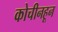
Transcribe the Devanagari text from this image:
कोचीनहून